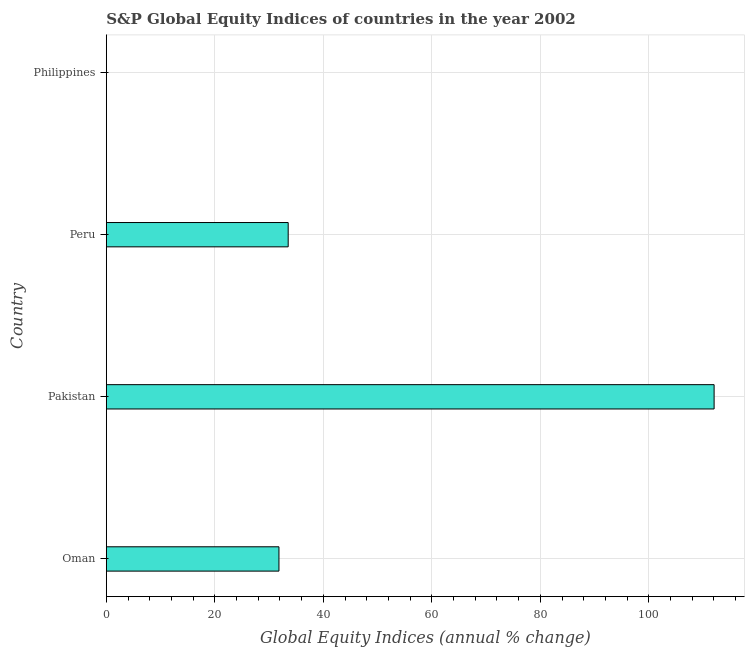
| Country | S&P Global Equity Indices |
 | --- | --- |
 | Oman | 31.8 |
 | Pakistan | 112 |
 | Peru | 33.5 |
 | Philippines | -19.7 |